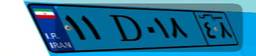
۳۹D۵۰۷۶۵